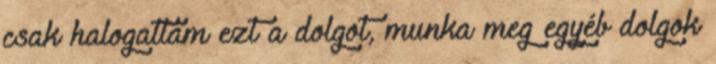
csak halogattam ezt a dolgot, munka meg egyéb dolgok